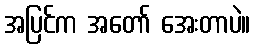
အပြင်က အတော် အေးတာပဲ။